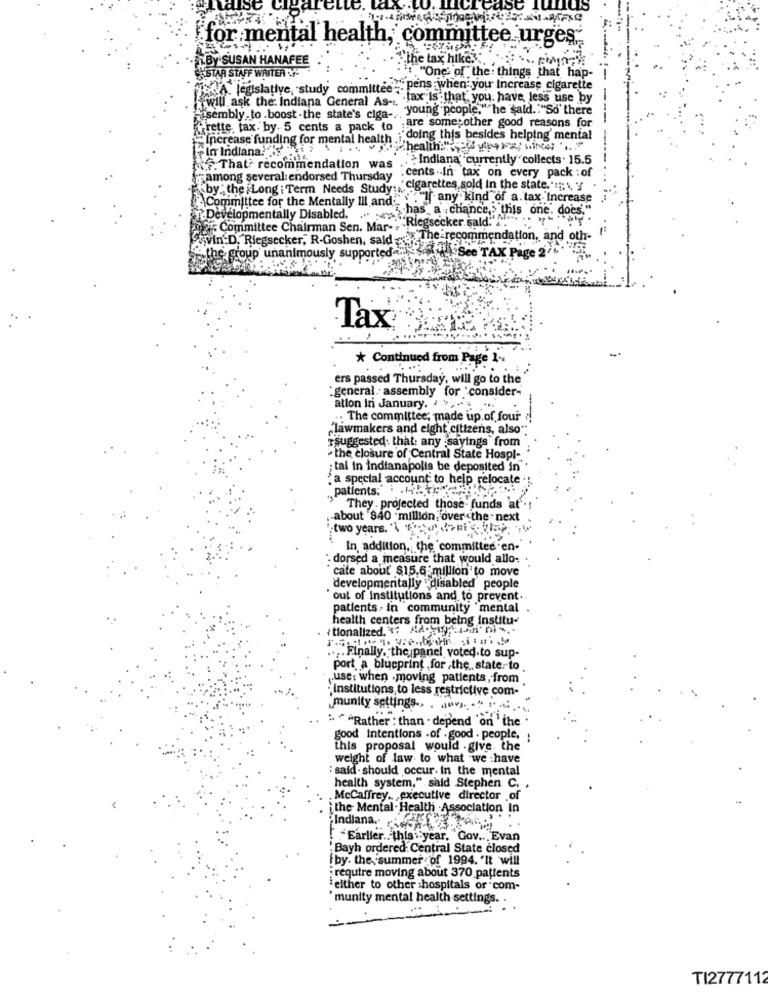
Least
US
for mental health, committee urges.
.In.By SUSAN HANAFEE
the tax hike."
STAR STAFF WAITER Y
. "One of the: things that hap-
TEA. legislative, study committee"" pens when you Increase cigarette
will ask the: Indiana General As -.. . tax is that, you have, less use by
Etsembly to . boost . the state's ciga -, "young people.""he said .. "So' there
frette, tax. by. 5 cents a pack to
. are some;other good reasons for
Increase funding for mental health .i.
;"doing this besides helping mental
+ In Indiana? "" }
"Shealth:
... Indiana' currently collects . 15.5
f. That? recommendation was
.cents .. In tax on every pack : of
framong several endorsed Thursday
by: the Long i Term Needs Study :, cigarettes sold in the state.'s :.
If any kind of a tax Increase
Committee for the Mentally Ill and
Developmentally Disabled. .. . "hasa chance," this one. does."
Committee Chairman Sen. Mar .; Rlegsecker sald."
ax The recommendation, and oth-
the group unanimously
svin.D. Rlegsecker, R-Goshen, saldo i See TAX Page 2'
upported.
Tax
* Continued from Page 1-
ers passed Thursday, will go to the'
"general assembly for 'consider-
ation in January. . .... .
. The committee; made up of four ?!
"lawmakers and eight citizens, also'
suggested: that: any :sayings from
the closure of Central State Hospl-
; tal in indianapolis be deposited in
, a special account to help relocate
.patients .. . .
They . projected those funds at
about 840 million, 'over -the- next
two years. '\ the heights
In addition, the committee en-
` dorsed a measure that would allo-
cate about $15.6 million to move
developmentally "disabled people
'out of Institutions and to prevent ..
patients. in community 'mental
health centers from being institu-
{ tionalized. : Ad .. . i'm4.
... Finally. the panel voted.to sup-
port a blueprint for the state: to
uses when .moving patients, from
: institutions, to less restrictive com-
munity settings .. ...
..
" ""Rather : than . depend 'on the
good intentions .of . good . people. :
this proposal would . give. the
weight of law to what we have
: said . should occur. in the mental
health system," said Stephen C.
.McCaffrey. , executive director of
i the Mental Health -Association In
"Indiana ..
. Earlier .. this year, "Gov .. Evan
"Bayh ordered. Central State closed
by- the, summer of 1994. "It will
: require moving about 370 patients
"either to other hospitals or com-
'munity mental health settings. .
TI2777112